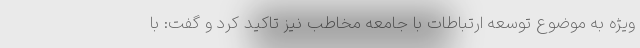
ویژه به موضوع توسعه ارتباطات با جامعه مخاطب نیز تاکید کرد و گفت: با